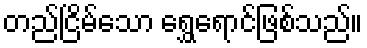
တည်ငြိမ်သော ရွှေရောင်ဖြစ်သည်။